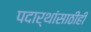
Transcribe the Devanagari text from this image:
पदार्थांसाठीही